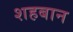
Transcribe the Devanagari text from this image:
शहबान